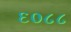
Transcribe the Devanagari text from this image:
६०८८